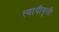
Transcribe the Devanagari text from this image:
त्यागीवृत्ती